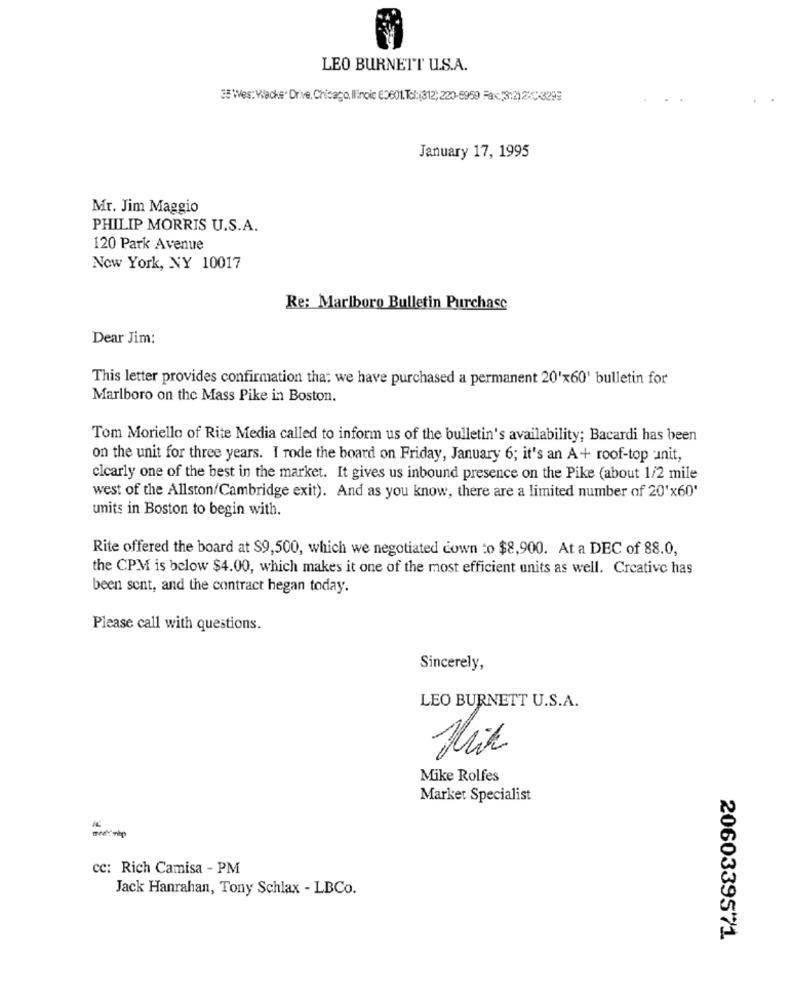
LEO BURNETT U.S.A.
38 Wes: Wacks" Drive, Chicago, Ilinois ED601.Tel:(312; 220-8950 Fax: 3:2) 2XC-3299
January 17, 1995
Mr. Jim Maggio
PHILIP MORRIS U.S.A.
120 Park Avenue
Now York, NY 10017
Re: Marlboro Bulletin Purchase
Dear Jim:
This letter provides confirmation that we have purchased a permanent 20'x60' bulletin for
Marlboro on the Mass Pike in Boston.
Tom Moriello of Rite Media called to inform us of the bulletin's availability; Bacardi has been
on the unit for three years. I rode the board on Friday, January 6; it's an A+ roof-top :unit,
elcarly one of the best in the market. It gives us inbound presence on the Pike (about 1/2 mile
west of the Allston/Cambridge exit). And as you know, there are a limited number of 20'x60'
units in Boston to begin with.
Rite offered the board at S9,500, which we negotiated down to $8,900. At a DEC of 88.0,
the CPM is below $4.00, which makes it one of the most efficient units as well. Creative has
been sent, and the contract hegan today.
Please call with questions.
Sincerely,
LEO BURNETT U.S.A.
Mike Rolfes
Market Specialist
-
cc: Rich Camisa - PM
Jack Hanrahan, Tony Schlax - LBCo.
2060339571